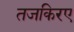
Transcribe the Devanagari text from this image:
तजकिरए